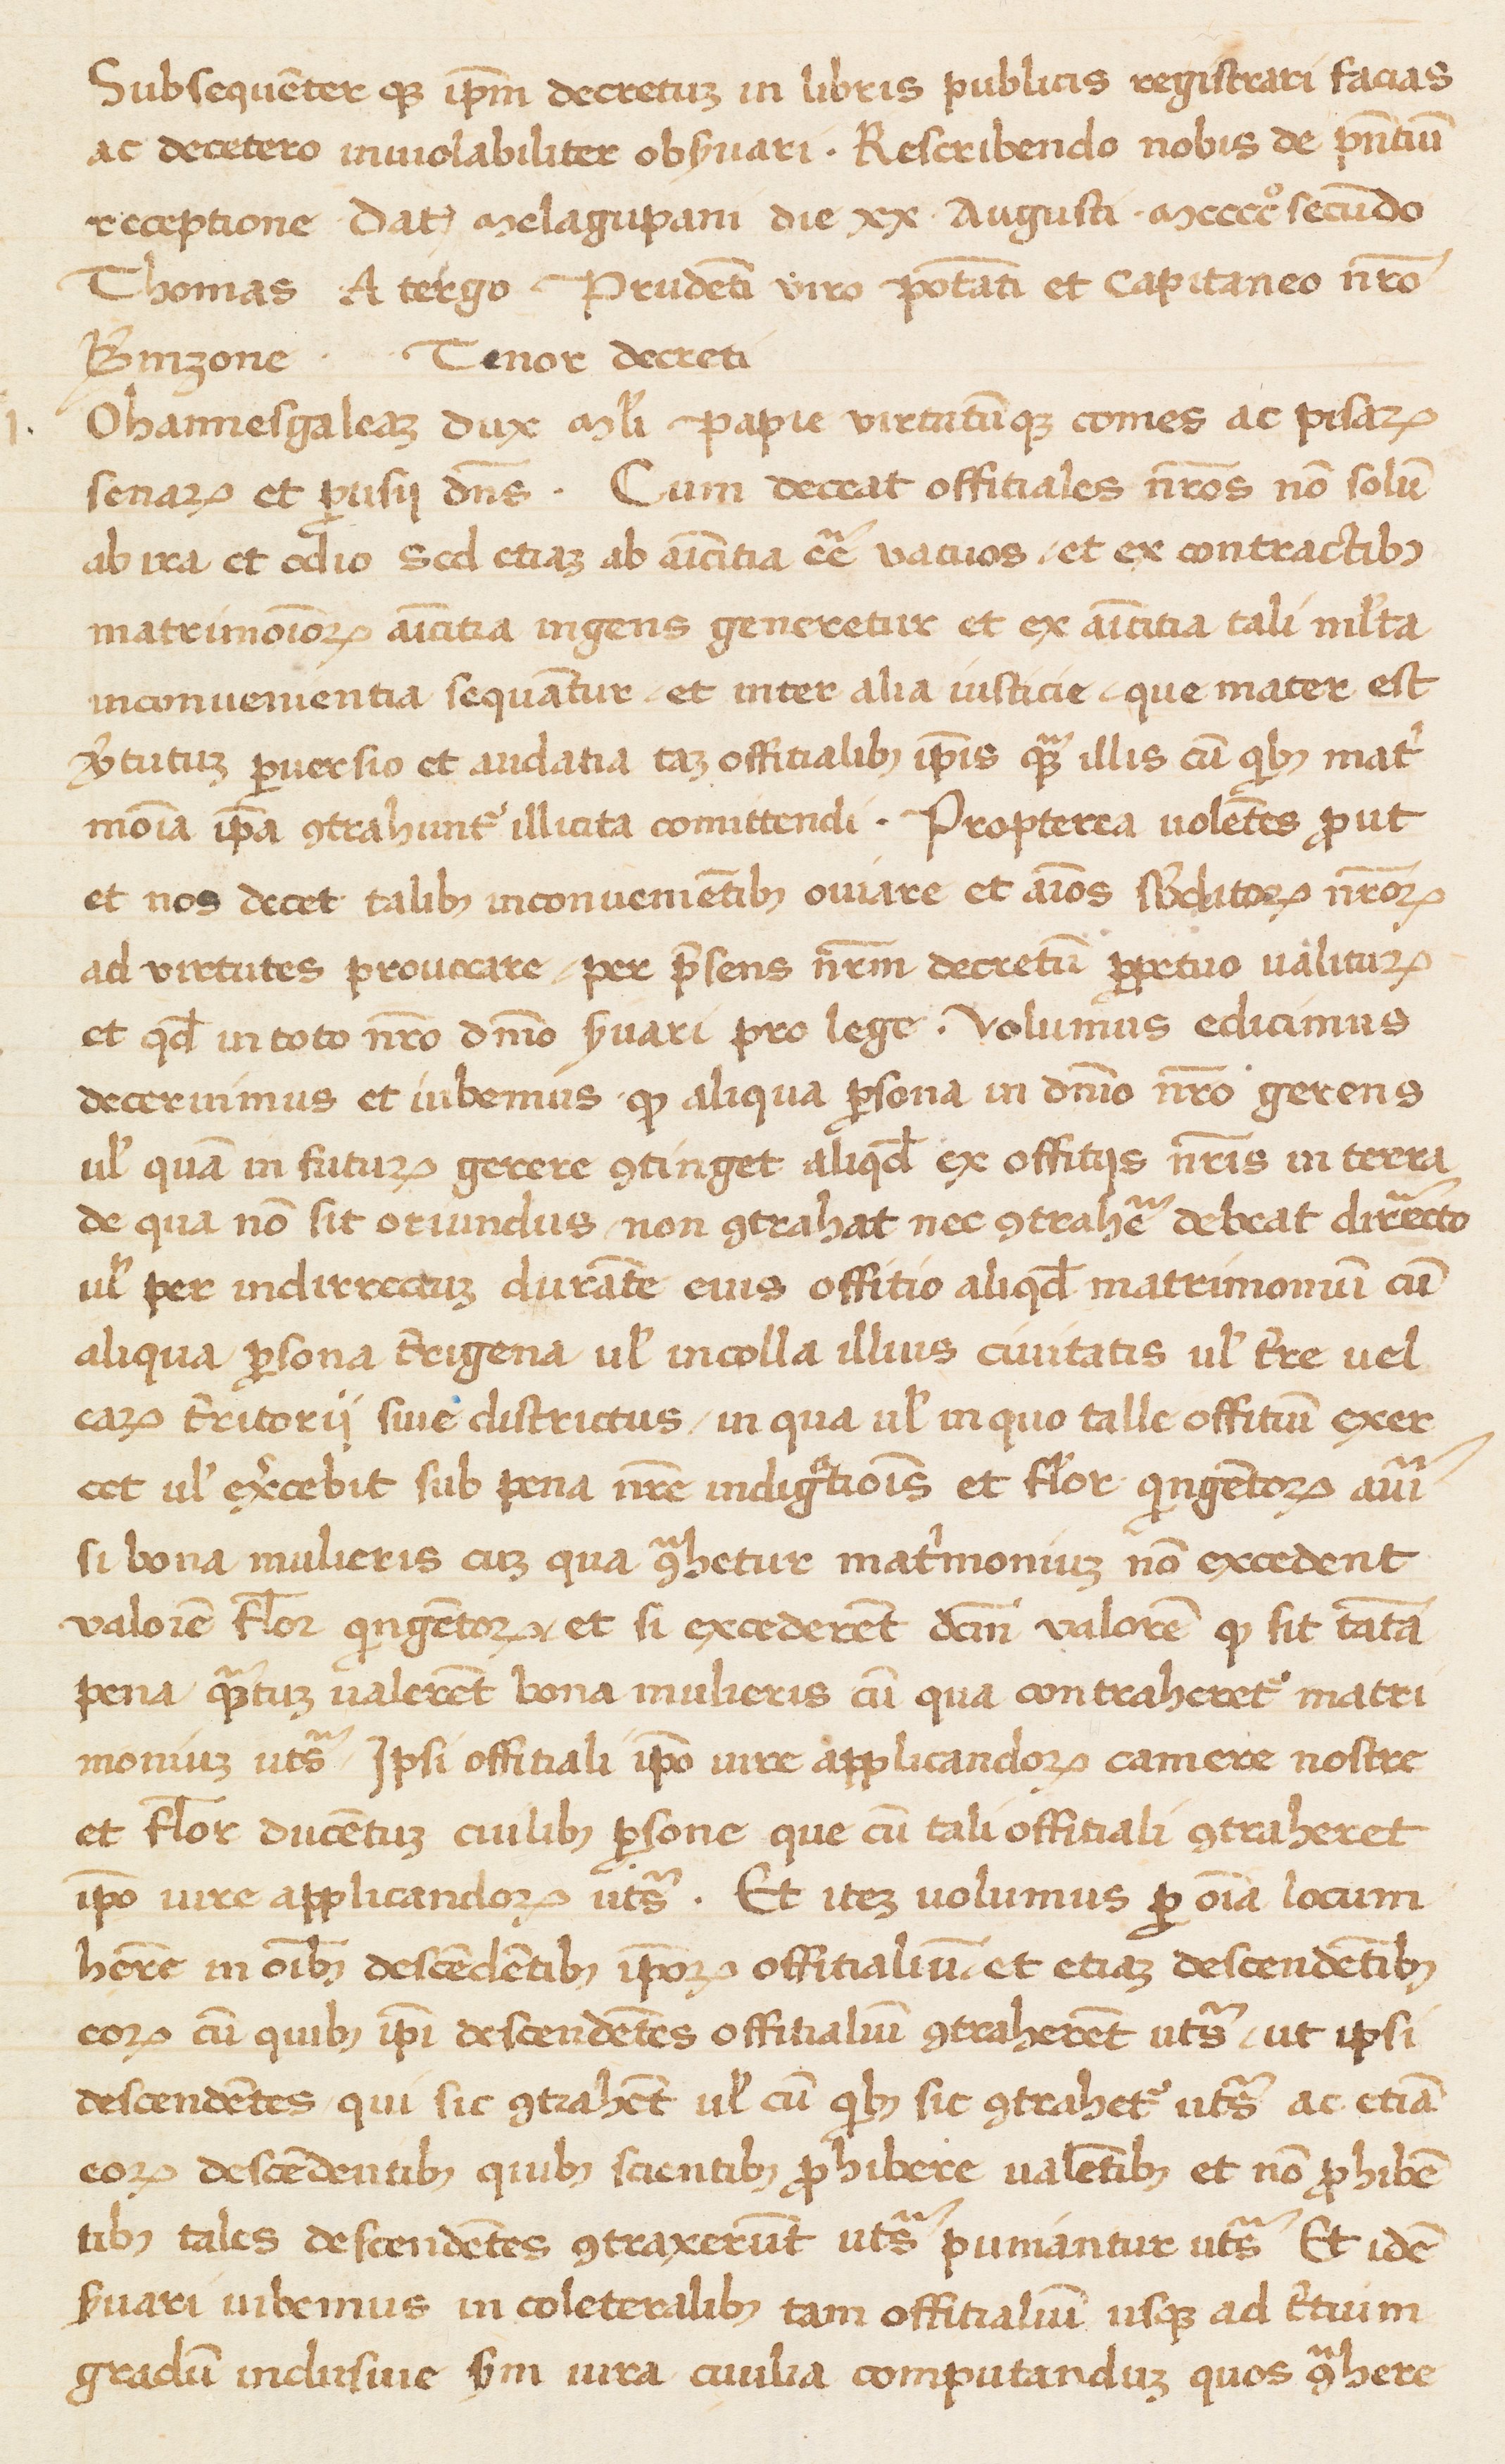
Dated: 1400–1499